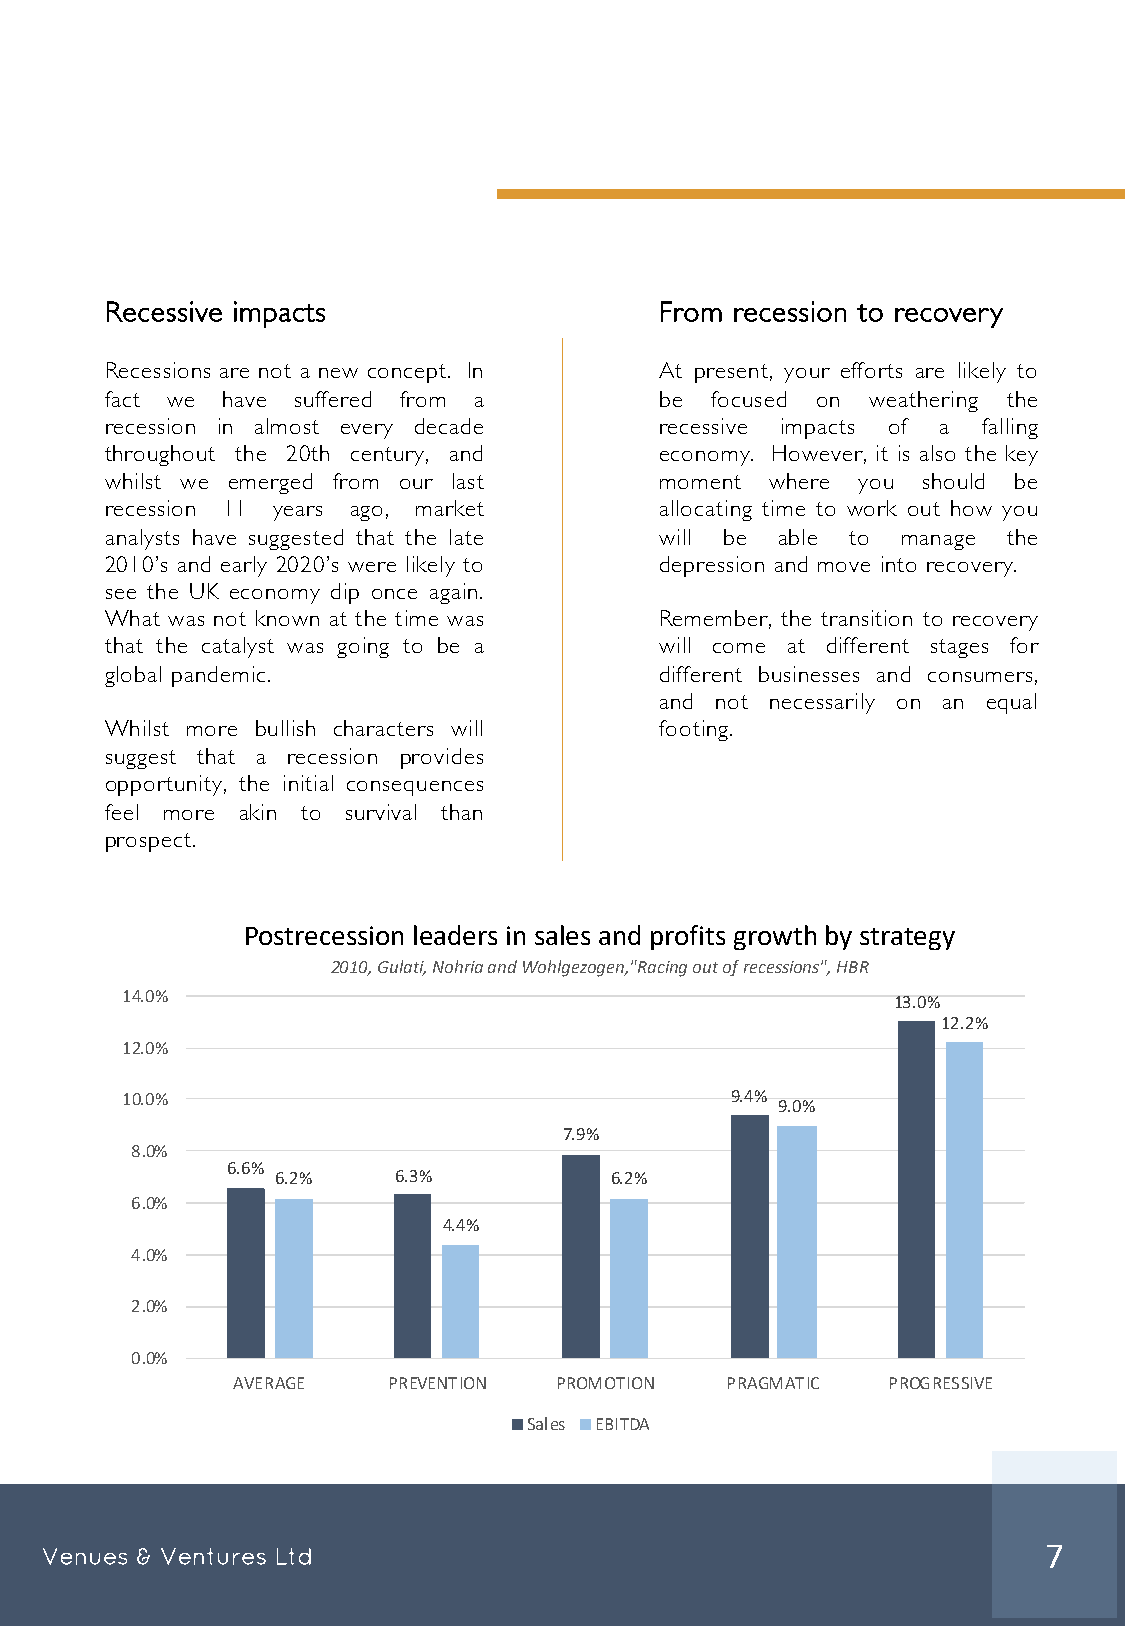
Recessive impacts                    From recession to recovery
 Recessions are not a new concept. In At present, your efforts are likely to
 fact we have suffered from a         be focused on weathering the
 recession in almost every decade     recessive impacts of a falling
 throughout the 20th century, and     economy. However, it is also the key
 whilst we emerged from our last      moment where you should be
 recession 11 years ago, market       allocating time to work out how you
 analysts have suggested that the late will be able to manage the
 2010’s and early 2020’s were likely to depression and move into recovery.
 see the UK economy dip once again.
 What was not known at the time was   Remember, the transition to recovery
 that the catalyst was going to be a  will come at different stages for
 global pandemic.                     different businesses and consumers,
 and not necessarily on an equal
 Whilst more bullish characters will  footing.
 suggest that a recession provides
 opportunity, the initial consequences
 feel more akin to survival than
 prospect.
 Postrecession leaders in sales and profits growth by strategy
 2010, Gulati, Nohria and Wohlgezogen,"Racing out of recessions", HBR
 14.0%
 13.0%
 12.2%
 12.0%
 10.0%                                   9.4%
 9.0%
 7.9%
 8.0%
 6.6%
 6.2%    6.3%          6.2%
 6.0%
 4.4%
 4.0%
 2.0%
 0.0%
 AVERAGE    PREVENTION PROMOTION  PRAGMATIC  PROGRESSIVE
 Sales EBITDA
 Venues & Ventures Ltd                                             7